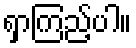
ရှာကြည့်ပါ။